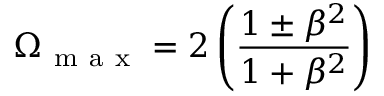
\Omega _ { \mathrm { ~ m ~ a ~ x ~ } } = 2 \left( \frac { 1 \pm \beta ^ { 2 } } { 1 + \beta ^ { 2 } } \right)